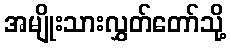
အမျိုးသားလွှတ်တော်သို့